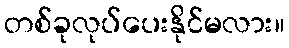
တစ်ခုလုပ်ပေးနိုင်မလား။